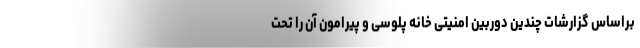
براساس گزارشات چندین دوربین امنیتی خانه پلوسی و پیرامون آن را تحت